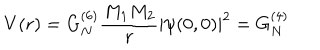
V ( r ) = G _ { N } ^ { ( 6 ) } \frac { M _ { 1 } M _ { 2 } } { r } \left| \psi ( 0 , 0 ) \right| ^ { 2 } = G _ { N } ^ { ( 4 ) }